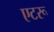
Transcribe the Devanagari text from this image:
एटरू